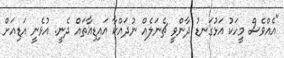
"އެއްވެސް މީހަކު އަޅުގަނޑު ދާންވީ ޗެނަލެއް ނުދައްކާ އައިޑިއާތައް ދެނީ. އުޅެނީ އަޑިއަށް